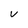
Character: v